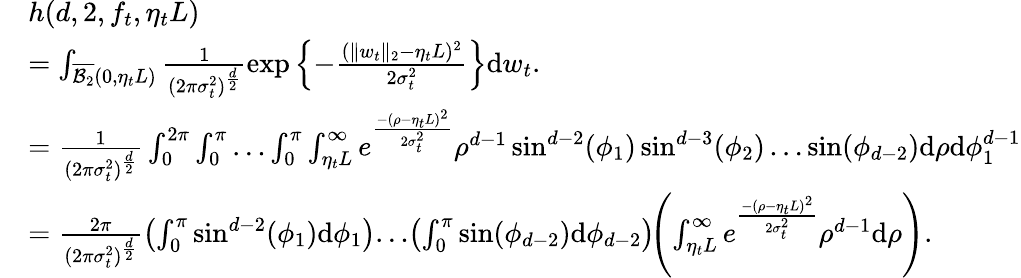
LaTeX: \begin{array}{rl}&{h(d,2,f_{t},\eta_{t}L)}\\ &{=\int_{\overline{{\mathcal{B}_{2}}}(0,\eta_{t}L)}\frac{1}{(2\pi\sigma_{t}^{2})^{\frac{d}{2}}}\exp\left\lbrace-\frac{(\| w_{t}\| _{2}-\eta_{t}L)^{2}}{2\sigma_{t}^{2}}\right\rbrace\mathrm{d}w_{t}.}\\ &{=\frac{1}{(2\pi\sigma_{t}^{2})^{\frac{d}{2}}}\int_{0}^{2\pi}\int_{0}^{\pi}\ldots\int_{0}^{\pi}\int_{\eta_{t}L}^{\infty}e^{\frac{-(\rho-\eta_{t}L)^{2}}{2\sigma_{t}^{2}}}\rho^{d-1}\sin^{d-2}(\phi_{1})\sin^{d-3}(\phi_{2})\ldots\sin(\phi_{d-2})\mathrm{d}\rho\mathrm{d}\phi_{1}^{d-1}}\\ &{=\frac{2\pi}{(2\pi\sigma_{t}^{2})^{\frac{d}{2}}}\left(\int_{0}^{\pi}\sin^{d-2}(\phi_{1})\mathrm{d}\phi_{1}\right)\! \ldots\! \left(\int_{0}^{\pi}\sin(\phi_{d-2})\mathrm{d}\phi_{d-2}\right)\! \! \left(\int_{\eta_{t}L}^{\infty}e^{\frac{-(\rho-\eta_{t}L)^{2}}{2\sigma_{t}^{2}}}\rho^{d-1}\mathrm{d}\rho\right).}\end{array}